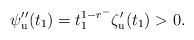
LaTeX: \begin{align*} \psi''_{\mathrm{u}} ( t_{1} ) = t_{1}^{1 - r^{-}} \zeta'_{\mathrm{u}} ( t_{1} ) > 0.\end{align*}